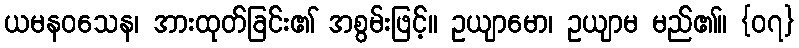
ယမနဝသေန၊ အားထုတ်ခြင်း၏ အစွမ်းဖြင့်။ ဥယျာမော၊ ဥယျာမ မည်၏။ {၀၇}